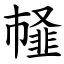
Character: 䪟